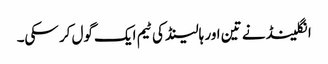
انگلینڈ نے تین اور ہالینڈ کی ٹیم ایک گول کر سکی۔